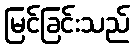
မြင်ခြင်းသည်